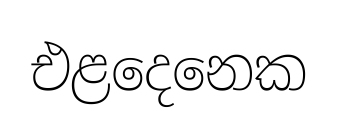
එළදෙනෙක